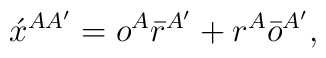
\acute{x}^{AA'}= o^A\bar{r}^{A'}+r^A\bar{o}^{A'},